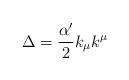
LaTeX: \begin{align*}\Delta = \frac{\alpha'}{2}k_\mu k^\mu \end{align*}